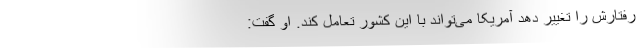
رفتارش را تغییر دهد آمریکا می‌تواند با این کشور تعامل کند. او گفت: